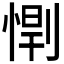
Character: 𫺥